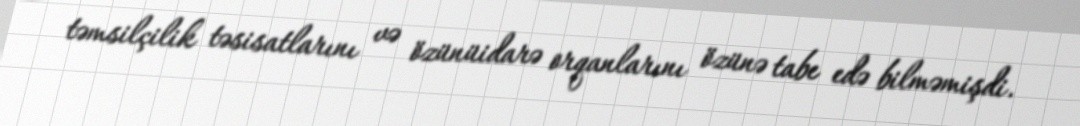
təmsilçilik təsisatlarını və özünüidarə orqanlarını özünə tabe edə bilməmişdi.